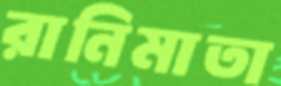
রানিমাতা